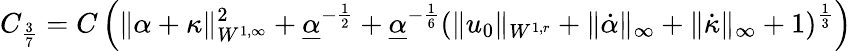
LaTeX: C_{\frac{3}{7}}=C\left(\| \alpha+\kappa\| _{W^{1,\infty}}^{2}+\underline{{\alpha}}^{-\frac{1}{2}}+\underline{{\alpha}}^{-\frac{1}{6}}(\| u_{0}\| _{W^{1,r}}+\| \dot{\alpha}\| _{\infty}+\| \dot{\kappa}\| _{\infty}+1)^{\frac{1}{3}}\right)